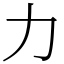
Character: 力